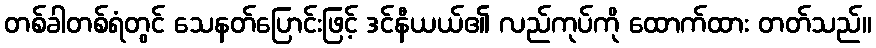
တစ်ခါတစ်ရံတွင် သေနတ်ပြောင်းဖြင့် ဒင်နီယယ်၏ လည်ကုပ်ကို ထောက်ထား တတ်သည်။